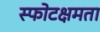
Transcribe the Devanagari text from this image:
स्फोटक्षमता